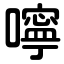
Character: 嚀